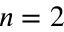
n = 2